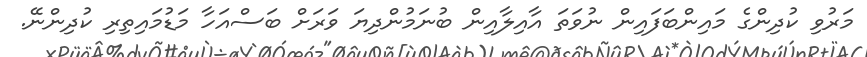
މަރުވި ކުދިންގެ މައިންބަފައިން ނުވަތަ އާއިލާއިން ބުނަމުންދިޔަ ވަރަށް ބަސްއަހާ މަޑުމައިތިރި ކުދިންނޭ.